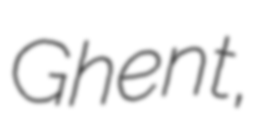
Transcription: Ghent,